Report on lock hospitals in British Burma
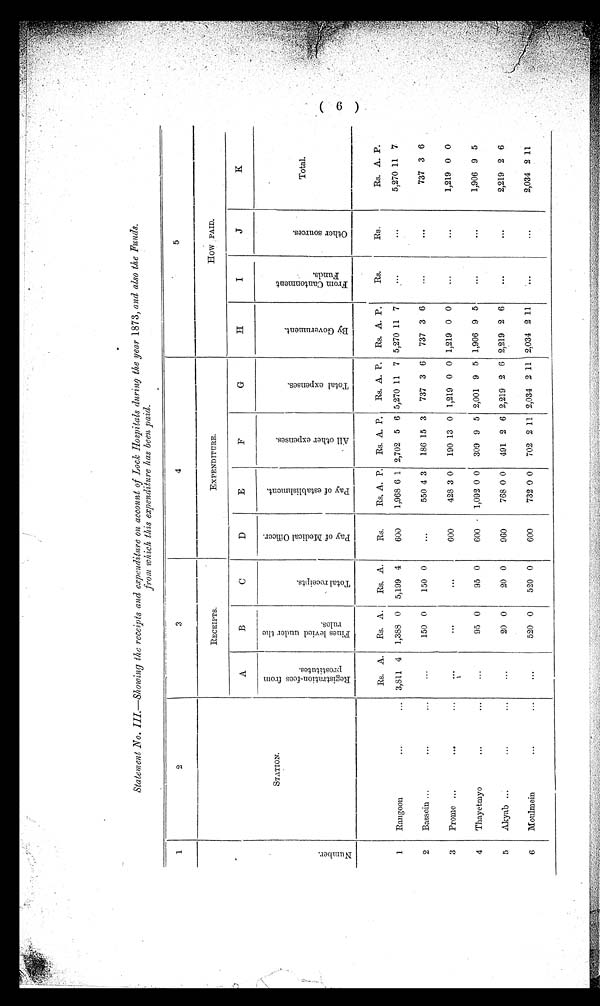
Statement No. III. —Showing the receipts and expenditure on account of Lock Hospitals during the year 1873, and also the Funds.
from which this expenditure has been paid.
1
2
3
4
5
N u m b e r .
STATION.
RECEIPTS.
EXPENDITURE.
How PAID.
A
B
C
D
E
F
G
H
I
J
K
R e g i s t r a t i o n - f e e s f r o m p r o s t i t u t e s
.
F i n e s l e v i e d u n d e r t h e r u l e s .
T o t a l r e c e i p t s .
P a y o f M e d i c a l O f f i c e r .
P a y o f e s t a b l i s h h m e n t .
A l l o t h e r e x p e n s e s .
T o t a l e x p e n s e s .
B y G o v e r n m e n t .
F r o m C a n t o n m e n t F u n d s .
O t h e r s o u r c e s .
Total.
1
Rangoon
...
...
Rs. A.
Rs. A.
Rs. A.
Rs.
Rs. A. P. Rs. A. P.
Rs. A. P. Rs. A. P.
Rs.
Rs.
Rs. A. P.
3,811 4 1,388 0 5,199 4
600
1,968 6 1 2,702 5 6 5,270 11 7 5,270 11 7
...
...
5,270 11 7
2
Bassein ...
...
...
...
150 0
150 0
...
550 4 3
186 15 3
737 3 6
737 3 6
...
. . .
737 3 6
3
Promo ...
...
...
...
...
. . .
600
428 3 0
190 13 0 1,219 0 0 1,219 0 0
...
. . .
1,219 0 0
4
Thayetmyo
...
...
...
95 0
95 0
600
1,092 0 0 309 9 5 2,001 9 5 1,906 9 5
...
...
1,906 9 5
5
Akyab ...
...
...
...
20 0
20 0
960
768 0 0
491 2 6 2,219 2 6 2,219 2 6
. . .
...
2,219 2 6
6
Moulmein
...
...
...
520 0
520 0
600
732 0 0
702 2 11 2,034 2 11 2,034 2 11
...
...
2,034 2 11
( 9 )